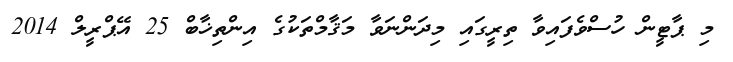
މި ޕާޓީން ހުސްވެފައިވާ ތިރީގައި މިދަންނަވާ މަޤާމްތަކުގެ އިންތިޚާބް 25 އޭޕްރީލް 2014